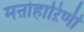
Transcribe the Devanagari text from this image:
मऩोहाऱिणी